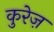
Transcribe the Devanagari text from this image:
कुरेज़